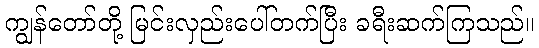
ကျွန်တော်တို့ မြင်းလှည်းပေါ်တက်ပြီး ခရီးဆက်ကြသည်။